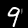
Digit: 9